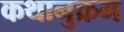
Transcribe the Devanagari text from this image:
कथानुक्रम